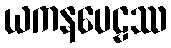
ယကနပေဠဿ